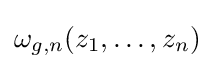
\omega _{g,n}(z_{1},\dots ,z_{n})